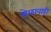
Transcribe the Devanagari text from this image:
मेळावाही